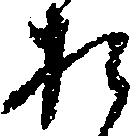
お